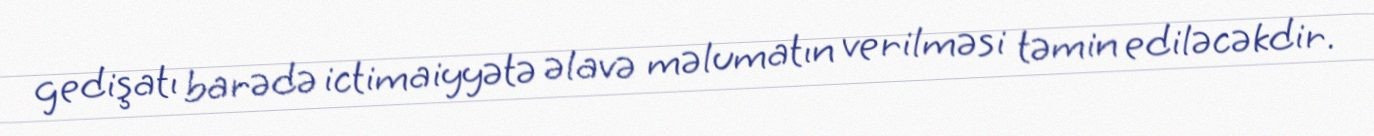
gedişatı barədə ictimaiyyətə əlavə məlumatın verilməsi təmin ediləcəkdir.